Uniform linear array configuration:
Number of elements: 64
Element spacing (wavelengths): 1
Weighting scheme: hann
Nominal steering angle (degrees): -60
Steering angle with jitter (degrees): -59.153
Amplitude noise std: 0.05
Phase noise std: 0.05

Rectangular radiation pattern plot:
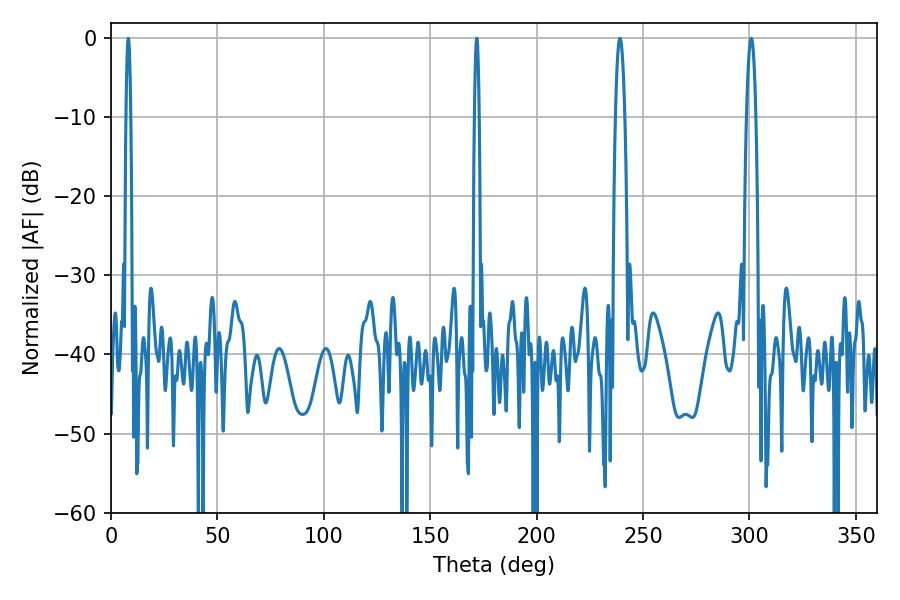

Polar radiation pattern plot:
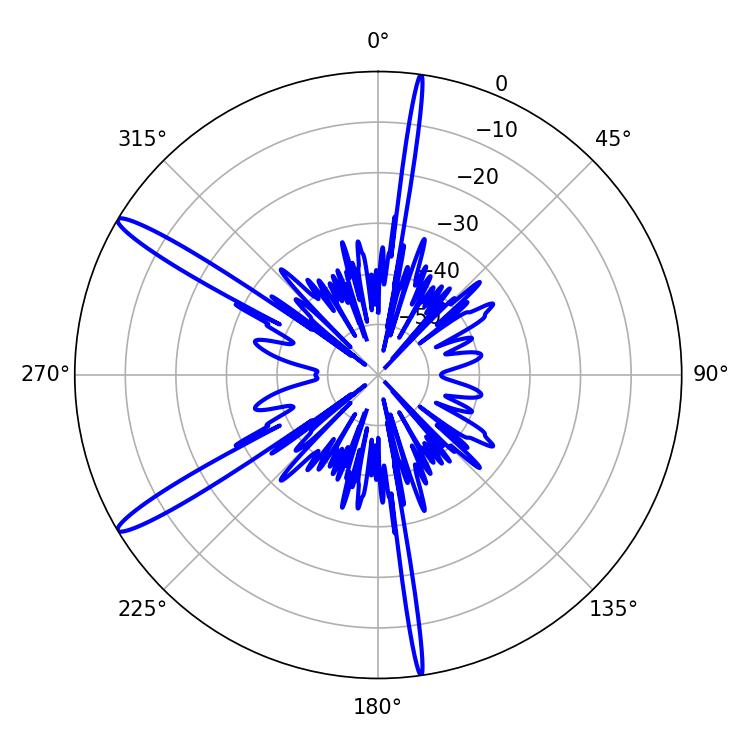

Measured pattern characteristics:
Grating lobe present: TRUE
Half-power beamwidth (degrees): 1.08
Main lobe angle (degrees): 8.1